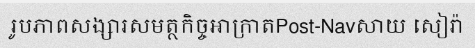
រូបភាពសង្សារសមត្ថកិច្ចអាក្រាតPost-Navសាយ សៀរ៉ា